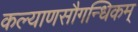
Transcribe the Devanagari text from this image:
कल्याणसौगन्धिकम्